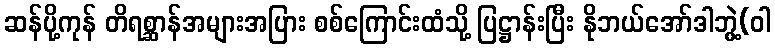
ဆန်ပို့ကုန် တိရစ္ဆာန်အများအပြား စစ်ကြောင်းထံသို့ ပြဋ္ဌာန်းပြီး နိုဘယ်အော်ဒါဘွဲ့(ဝါ